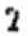
2